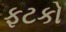
ફટકો